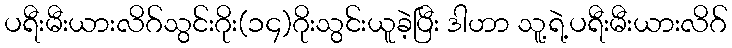
ပရီးမီးယားလိဂ်သွင်းဂိုး(၁၄)ဂိုးသွင်းယူခဲ့ပြီး ဒါဟာ သူ့ရဲ့ပရီးမီးယားလိဂ်